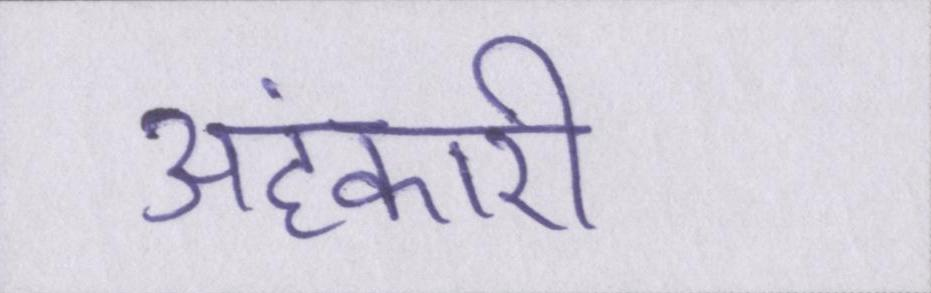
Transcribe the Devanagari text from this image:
अहंकारी